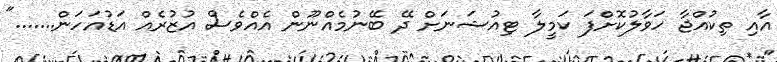
އާއި ތިކުއްޖާ ހަވާލުކޮށްފަ ކަމީލާ ޓިއުޝަނަށް ދޭ ބޭނުމެއްނޫން އެއްވެސް އުޒުރެއް އަޑުއަހަން......."